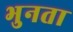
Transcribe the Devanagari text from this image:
भुनता